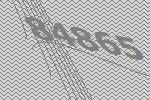
84865